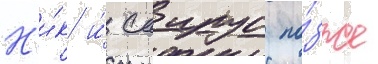
Н'и́к и́ саирус по́зже